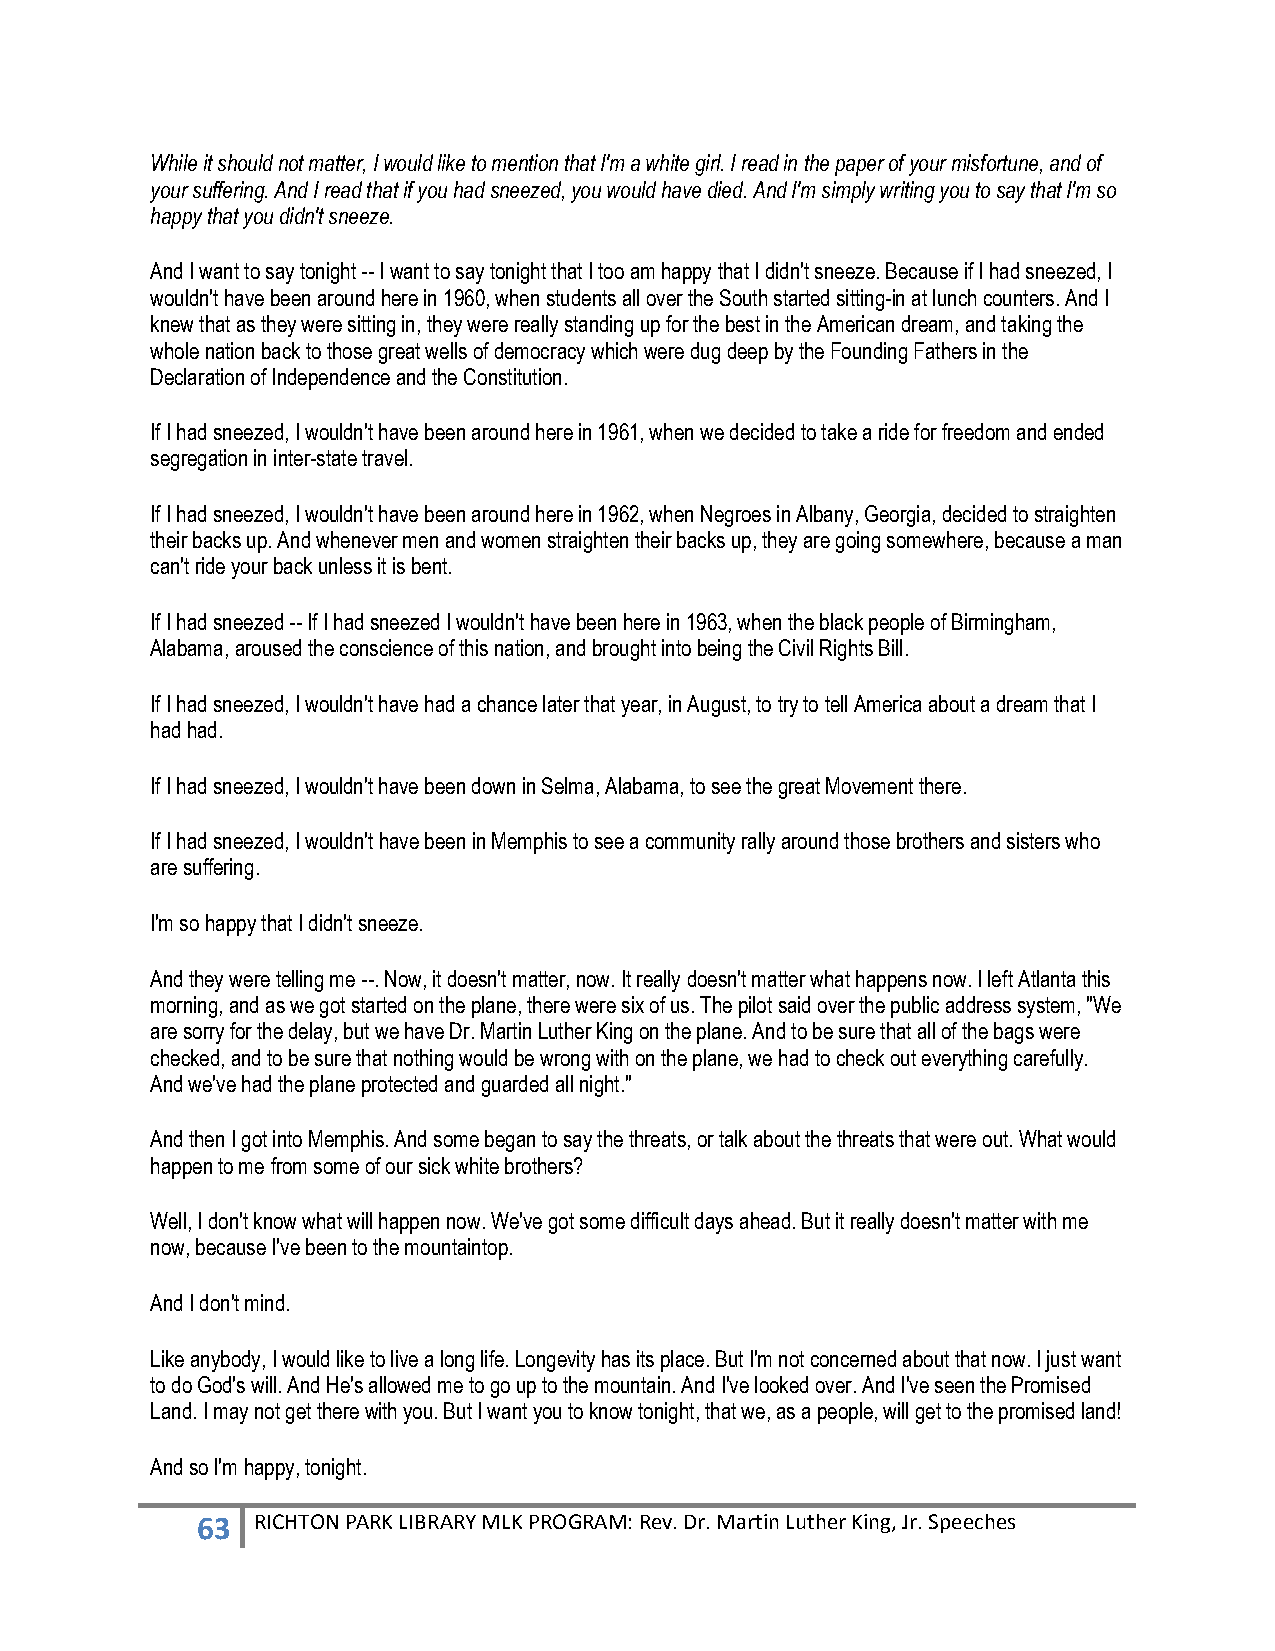
While it should not matter, I would like to mention that I'm a white girl. I read in the paper of your misfortune, and of
 your suffering. And I read that if you had sneezed, you would have died. And I'm simply writing you to say that I'm so
 happy that you didn't sneeze.
 And I want to say tonight -- I want to say tonight that I too am happy that I didn't sneeze. Because if I had sneezed, I
 wouldn't have been around here in 1960, when students all over the South started sitting-in at lunch counters. And I
 knew that as they were sitting in, they were really standing up for the best in the American dream, and taking the
 whole nation back to those great wells of democracy which were dug deep by the Founding Fathers in the
 Declaration of Independence and the Constitution.
 If I had sneezed, I wouldn't have been around here in 1961, when we decided to take a ride for freedom and ended
 segregation in inter-state travel.
 If I had sneezed, I wouldn't have been around here in 1962, when Negroes in Albany, Georgia, decided to straighten
 their backs up. And whenever men and women straighten their backs up, they are going somewhere, because a man
 can't ride your back unless it is bent.
 If I had sneezed -- If I had sneezed I wouldn't have been here in 1963, when the black people of Birmingham,
 Alabama, aroused the conscience of this nation, and brought into being the Civil Rights Bill.
 If I had sneezed, I wouldn't have had a chance later that year, in August, to try to tell America about a dream that I
 had had.
 If I had sneezed, I wouldn't have been down in Selma, Alabama, to see the great Movement there.
 If I had sneezed, I wouldn't have been in Memphis to see a community rally around those brothers and sisters who
 are suffering.
 I'm so happy that I didn't sneeze.
 And they were telling me --. Now, it doesn't matter, now. It really doesn't matter what happens now. I left Atlanta this
 morning, and as we got started on the plane, there were six of us. The pilot said over the public address system, "We
 are sorry for the delay, but we have Dr. Martin Luther King on the plane. And to be sure that all of the bags were
 checked, and to be sure that nothing would be wrong with on the plane, we had to check out everything carefully.
 And we've had the plane protected and guarded all night."
 And then I got into Memphis. And some began to say the threats, or talk about the threats that were out. What would
 happen to me from some of our sick white brothers?
 Well, I don't know what will happen now. We've got some difficult days ahead. But it really doesn't matter with me
 now, because I've been to the mountaintop.
 And I don't mind.
 Like anybody, I would like to live a long life. Longevity has its place. But I'm not concerned about that now. I just want
 to do God's will. And He's allowed me to go up to the mountain. And I've looked over. And I've seen the Promised
 Land. I may not get there with you. But I want you to know tonight, that we, as a people, will get to the promised land!
 And so I'm happy, tonight.
 63  RICHTON PARK LIBRARY MLK PROGRAM: Rev. Dr. Martin Luther King, Jr. Speeches